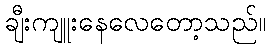
ချီးကျူးနေလေတော့သည်။